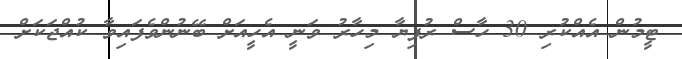
ޓީމުން އެއްކުރި 30 ހާސް ރުފިޔާ މިހާރު ވަނީ އެހީއަށް ބޭނުންވެފައިވާ ކުއްޖަކަށް